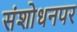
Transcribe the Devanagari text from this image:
संशाेधनपर